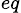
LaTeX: _{eq}